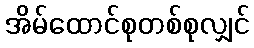
အိမ်ထောင်စုတစ်စုလျှင်